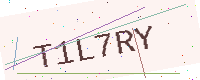
Text: T1L7RY